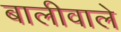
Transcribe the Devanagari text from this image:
बालीवाले